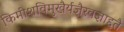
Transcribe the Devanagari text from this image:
किमीशविमुखैर्यज्ञैरवज्ञाद्दतै